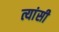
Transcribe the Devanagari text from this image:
त्यांसी